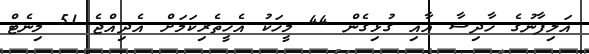
އަލިފާނުގެ ހާދިސާ އާއި ގުޅިގެން 44 މީހަކު އެހީތެރިކަމަށް އެދިއްޖެ 51 މިނެޓް